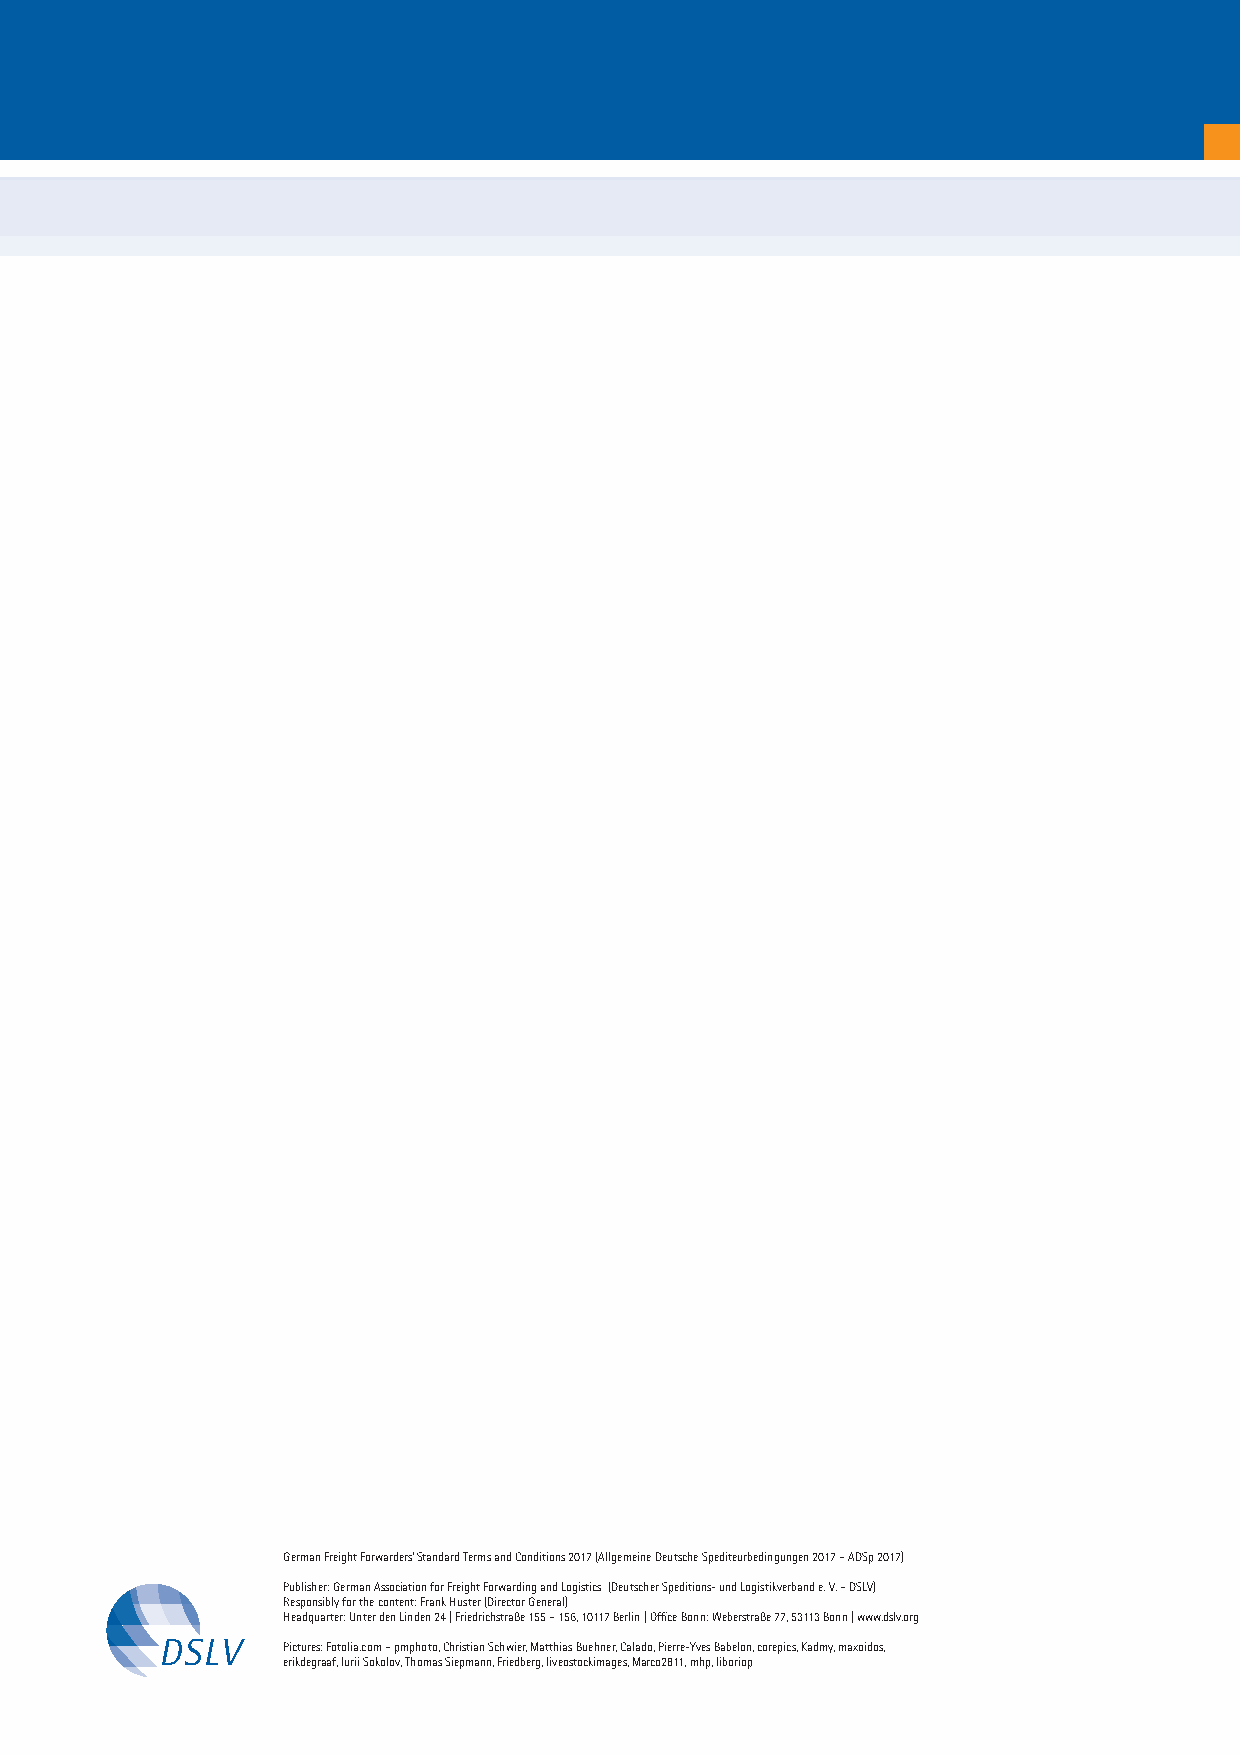
German Freight Forwarders‘ Standard Terms and Conditions 2017 (Allgemeine Deutsche Spediteurbedingungen 2017 – ADSp 2017)
 Publisher: German Association for Freight Forwarding and Logistics (Deutscher Speditions- und Logistikverband e. V. – DSLV)
 Responsibly for the content: Frank Huster (Director General)
 Headquarter: Unter den Linden 24 | Friedrichstraße 155 – 156, 10117 Berlin | Office Bonn: Weberstraße 77, 53113 Bonn | www.dslv.org
 Pictures: Fotolia.com – pmphoto, Christian Schwier, Matthias Buehner, Calado, Pierre-Yves Babelon, corepics, Kadmy, maxoidos,
 erikdegraaf, Iurii Sokolov, Thomas Siepmann, Friedberg, liveostockimages, Marco2811, mhp, liboriop